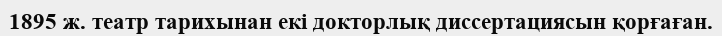
1895 ж. театр тарихынан екі докторлық диссертациясын қорғаған.